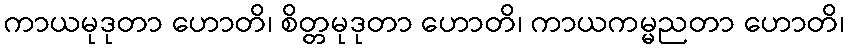
ကာယမုဒုတာ ဟောတိ၊ စိတ္တမုဒုတာ ဟောတိ၊ ကာယကမ္မညတာ ဟောတိ၊